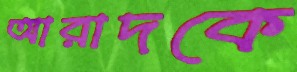
আরাদকে